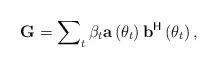
LaTeX: \begin{align*}\mathbf{G}=\sum\nolimits_{t}\beta_t{\mathbf{a}}\left(\theta_t\right){\mathbf{b}}^{\mathsf{H}}\left(\theta_t\right),\end{align*}